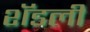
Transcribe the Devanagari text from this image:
शॅडली